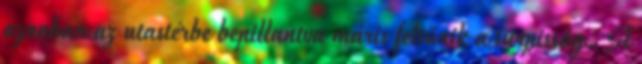
azonban az utastérbe bepillantva máris feltűnik a turpisság. A